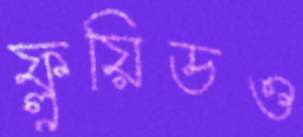
ফ্লুয়িডও